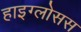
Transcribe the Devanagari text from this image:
हाइग्लोसस